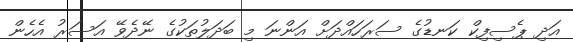
އަދި ޕެސިފިކް ކަނޑުގެ ސަރަހައްދަށް އަންނަ މި ބަދަލުތަކުގެ ނޭދެވޭ އަސަރު އެހެން